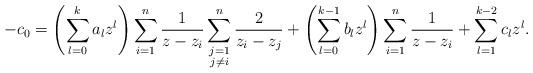
LaTeX: \begin{align*} - c_0 = \left(\sum_{l=0}^k a_l z^l\right) \sum_{i=1}^n \frac{1}{z-z_i} \sum_{\substack{ j=1 \\ j\ne i}}^n \frac{2}{z_i-z_j} + \left(\sum_{l=0}^{k-1} b_l z^l\right) \sum_{i=1}^n \frac{1}{z-z_i} + \sum_{l=1}^{k-2} c_l z^l. \end{align*}